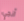
آنجي